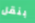
بنقل